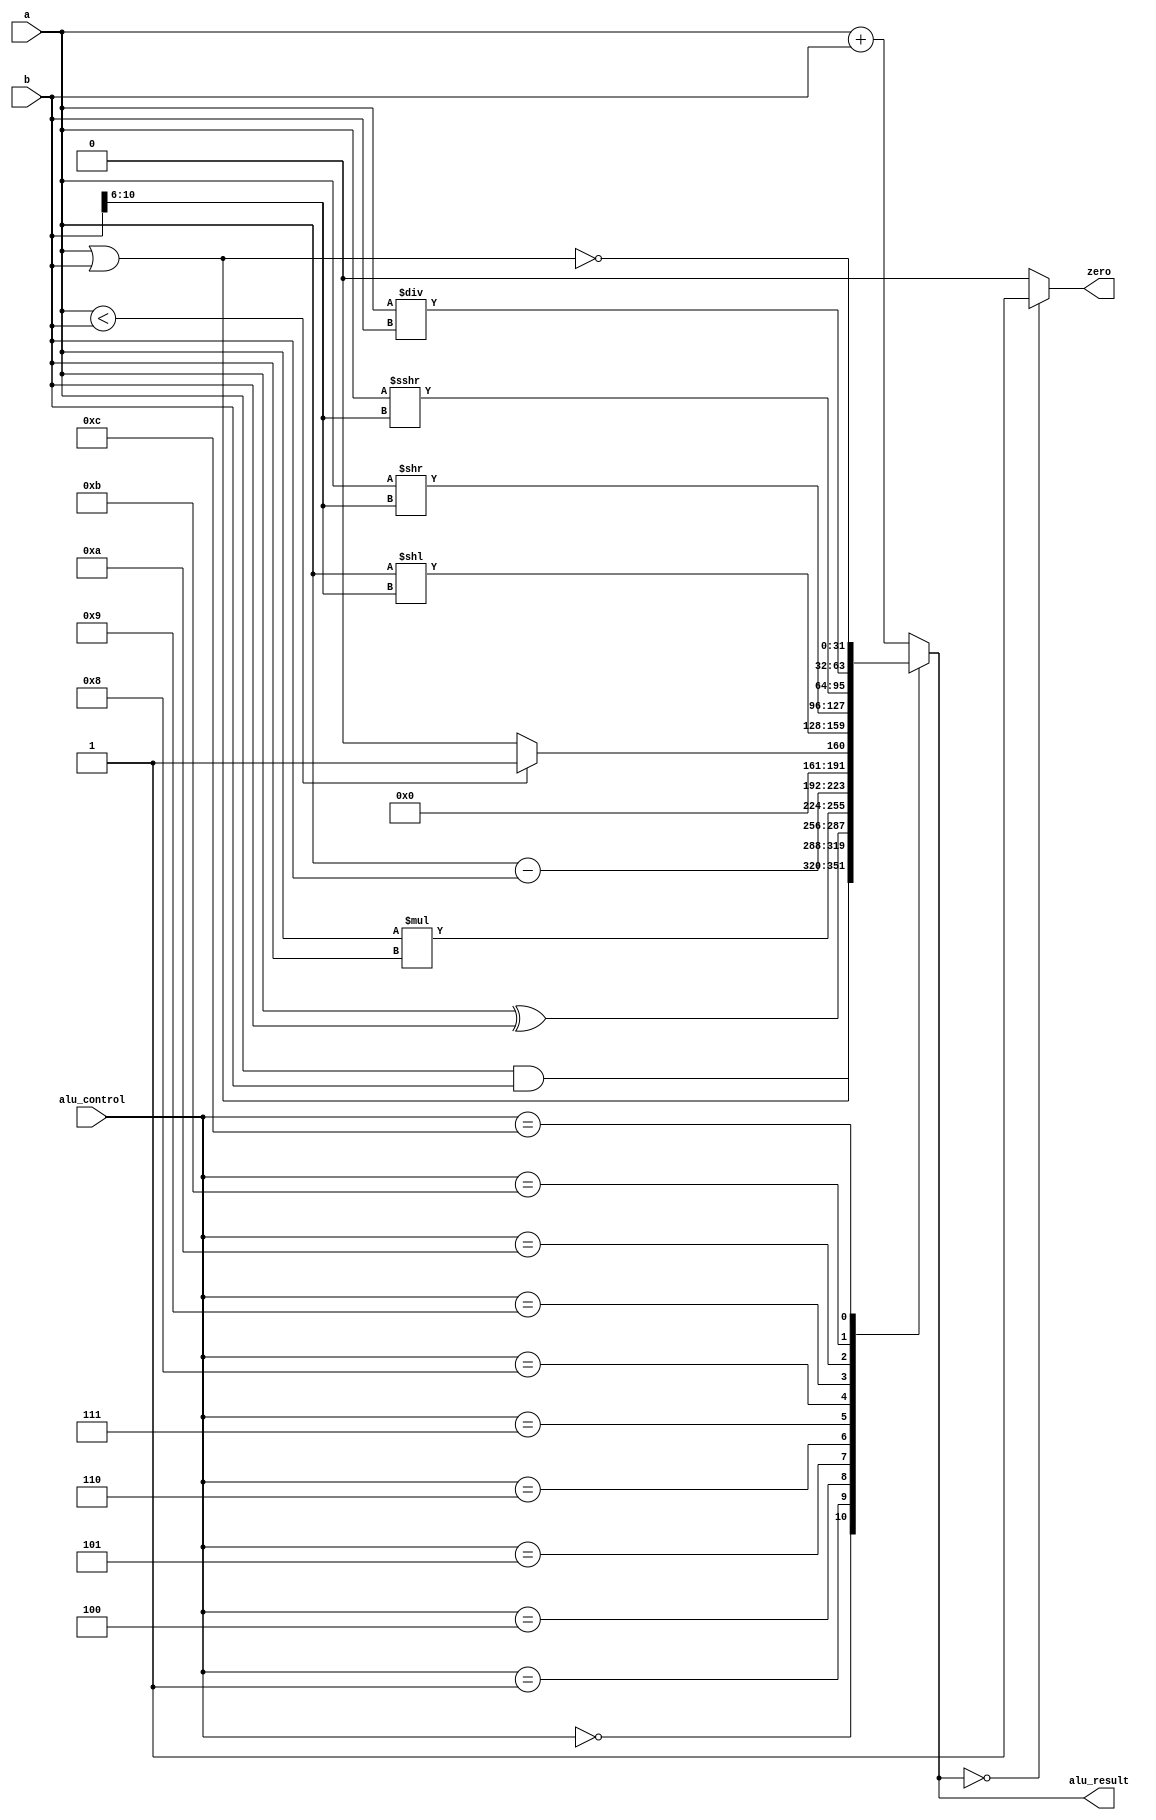
`timescale 1ns / 1ps
//////////////////////////////////////////////////////////////////////////////////
// Company: 
// Engineer: 
// 
// Design Name: 
// Module Name: ALU
// Project Name: 
// Target Devices: 
// Tool Versions: 
// Description: 
// 
// Dependencies: 
// 
// Revision:
// Revision 0.01 - File Created
// Additional Comments:
// 
//////////////////////////////////////////////////////////////////////////////////


module ALU(
    input [31:0] a,  
    input [31:0] b, 
    input [3:0] alu_control,
    output zero, 
    output reg [31:0] alu_result); 
    
    wire signed [31:0] signed_a; 
    
    assign signed_a = a;
    
 always @(*)
 begin   
      case(alu_control)  
      4'b0000: alu_result = a & b; // and  
      4'b0001: alu_result = a | b; // or  
      4'b0010: alu_result = a + b; // add
      4'b0100: alu_result = a ^ b; // xor
      4'b0101: alu_result = a * b; // mult   
      4'b0110: alu_result = a - b; // sub 
      4'b0111: alu_result = (a<b) ? 32'd1 : 32'd0; // slt
      4'b1000: alu_result = a << b[10:6]; // sll 
      4'b1001: alu_result = a >> b[10:6]; // srl 
      4'b1010: alu_result = signed_a >>> b[10:6]; // sra 
      4'b1011: alu_result = a/b; // div 
      4'b1100: alu_result = ~(a | b); // nor  
 
      default: alu_result = a + b; // add  
      endcase  
 end  
 assign zero = (alu_result==32'd0) ? 1'b1: 1'b0;

endmodule